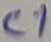
Text: C1